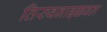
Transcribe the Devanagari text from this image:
तिरुवनाइक्कवल